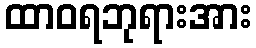
ထာဝရဘုရားအား